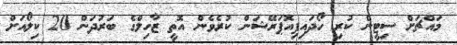
މައްޗަށް ސިޓީން ކުރި ހޯދައިފިއޮޕަރޭޝަން ކުރެވެން އޮތީ ޒާހިލްގެ ބަރުދަން 20 ކިލޯއަށް